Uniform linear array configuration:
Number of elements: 4
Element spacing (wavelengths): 0.5
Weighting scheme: cosine
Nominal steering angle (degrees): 30
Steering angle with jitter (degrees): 30.445
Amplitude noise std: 0.05
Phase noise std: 0.05

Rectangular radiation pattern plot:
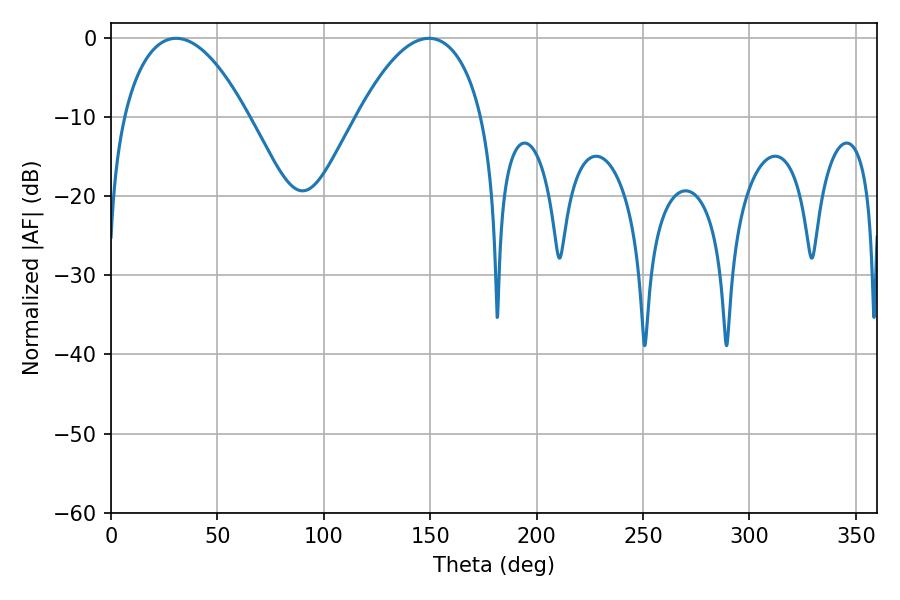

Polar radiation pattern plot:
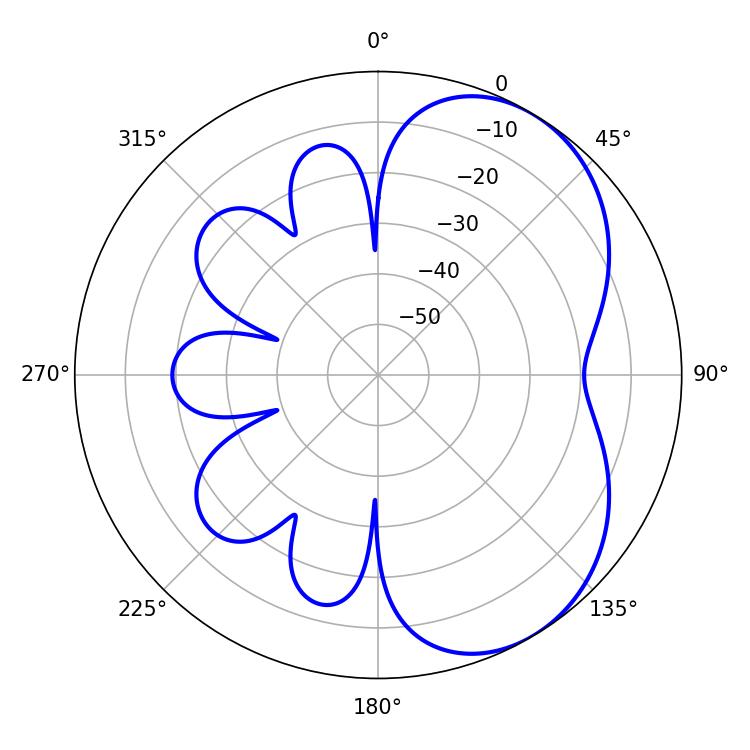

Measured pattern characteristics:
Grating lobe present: FALSE
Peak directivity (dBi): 4.995
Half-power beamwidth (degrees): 32.76
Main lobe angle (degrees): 30.6